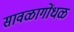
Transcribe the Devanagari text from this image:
सावळागोंधळ